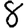
Digit: 8